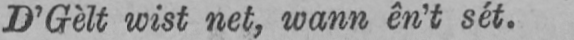
D’Gèlt wist net, wann ên’t sét.